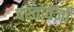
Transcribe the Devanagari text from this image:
दस्‍तोवेज़ों